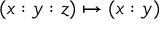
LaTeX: ( x : y : z ) \mapsto ( x : y )